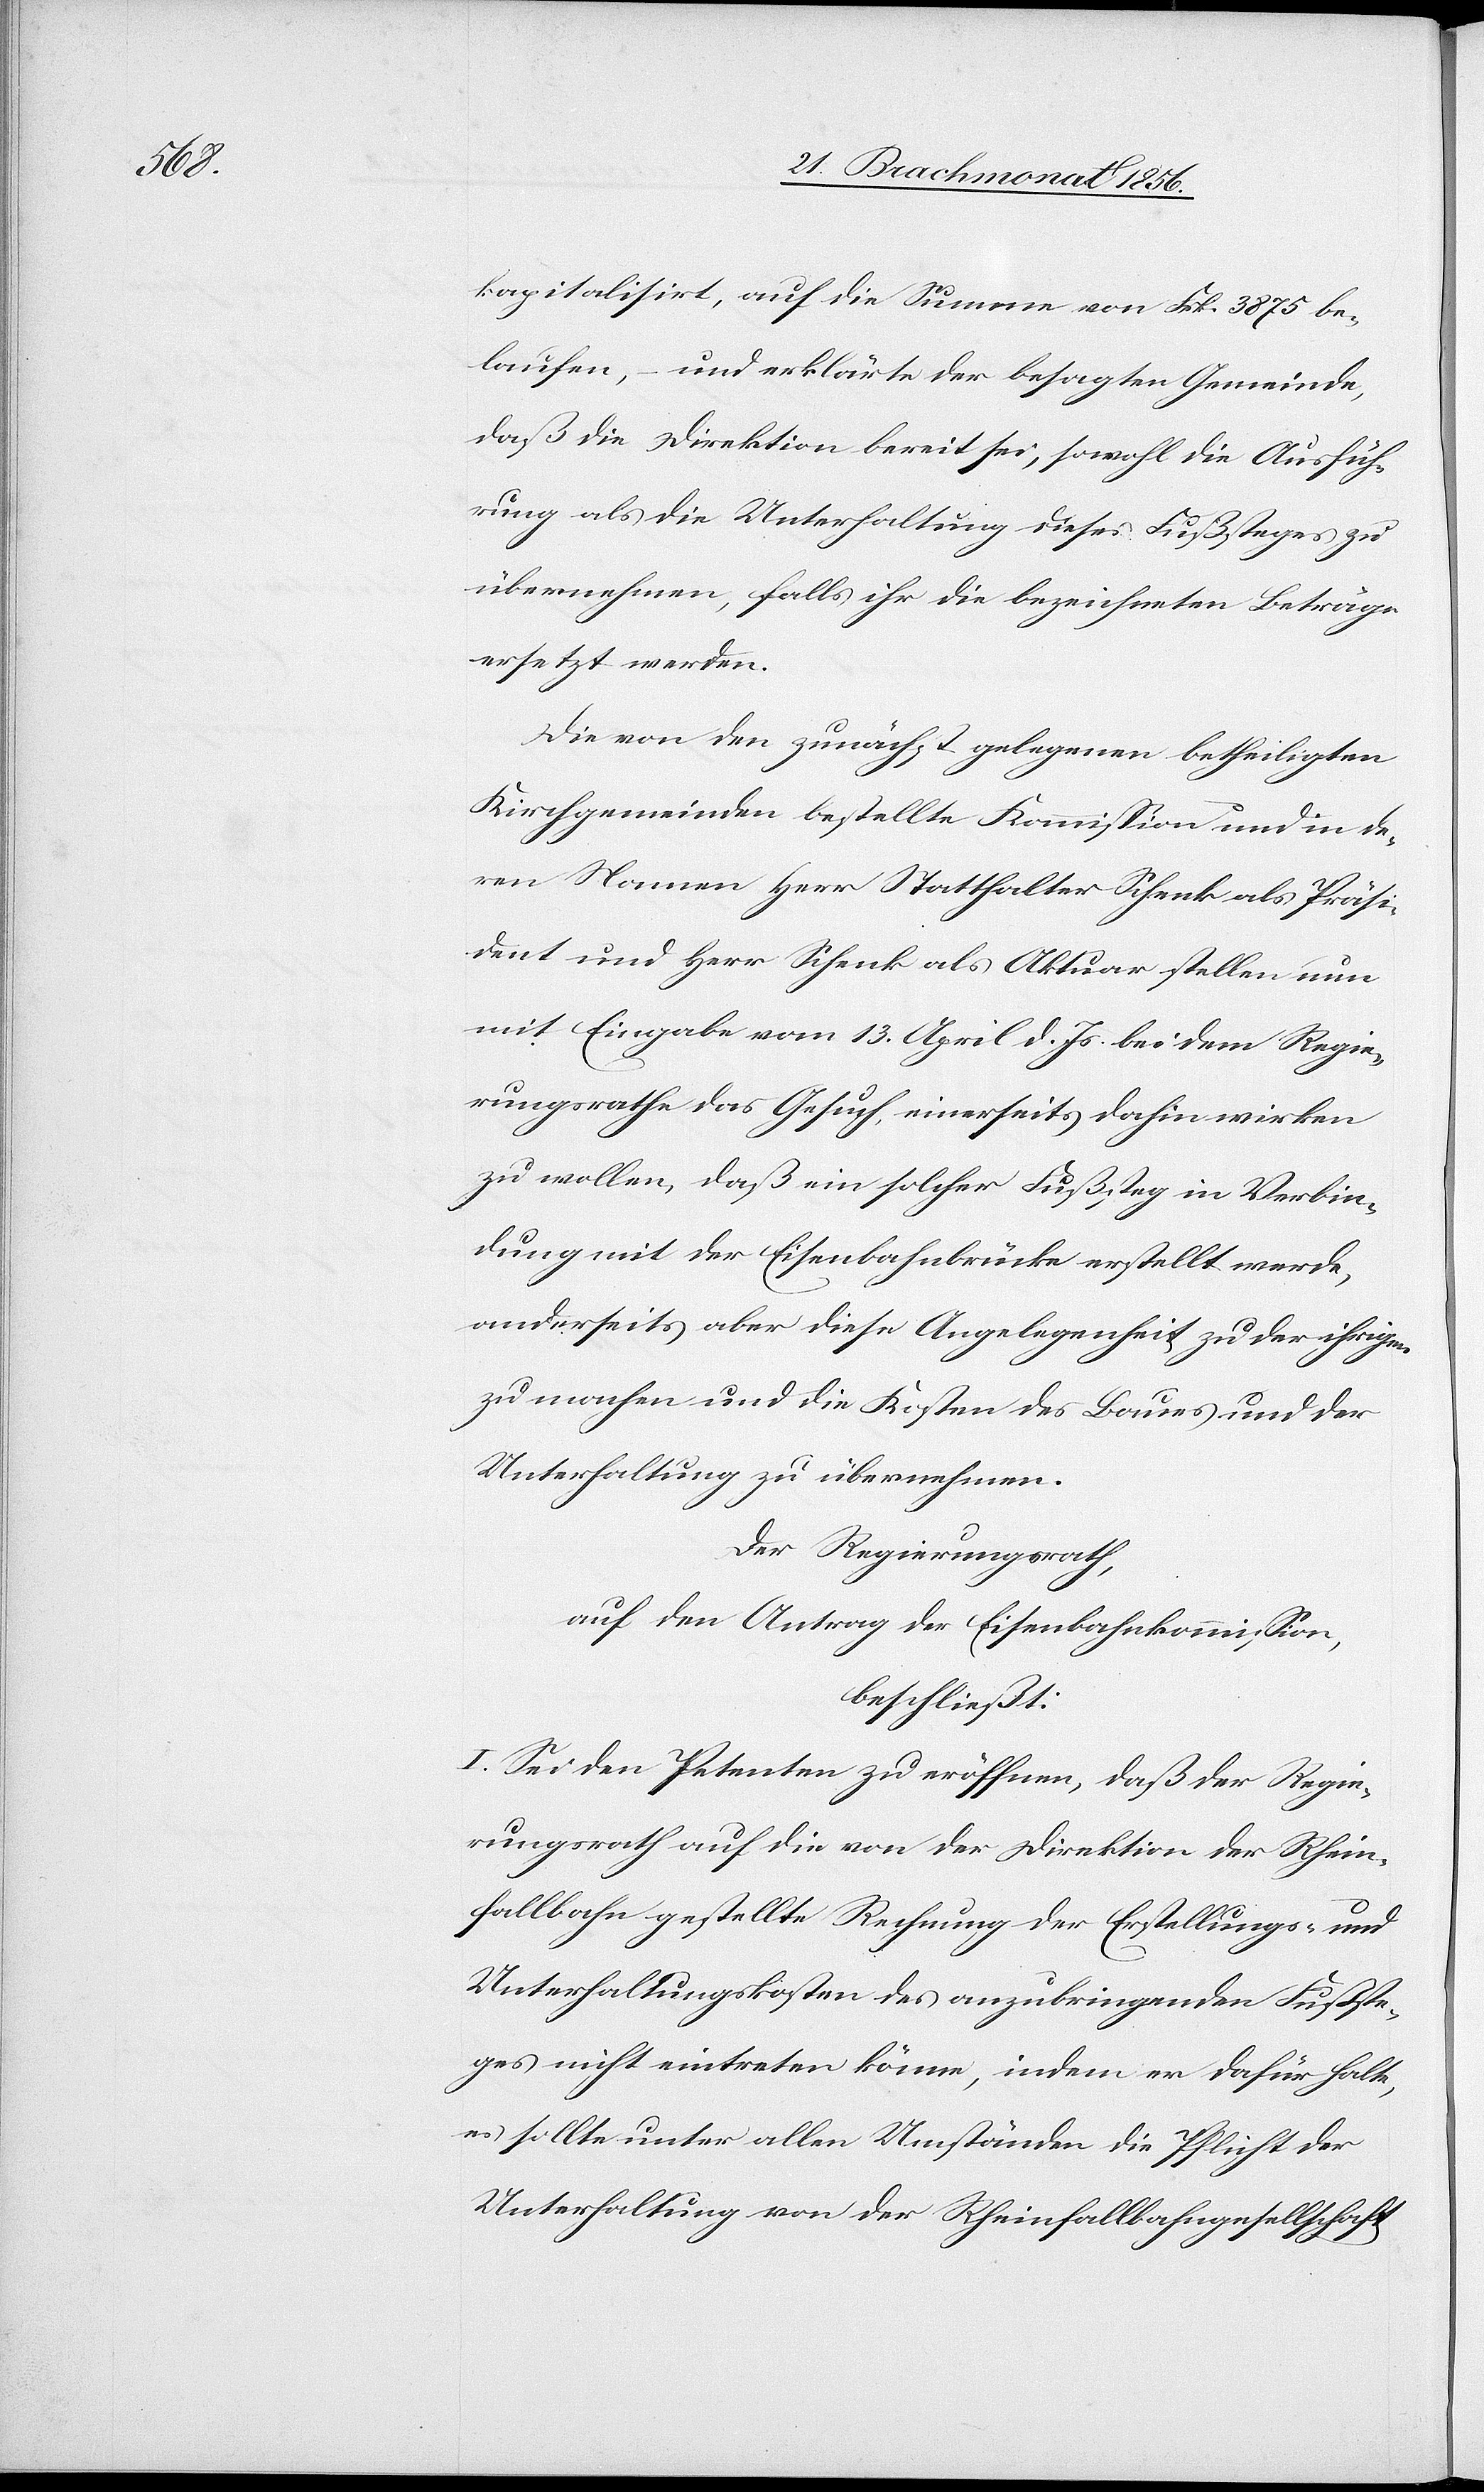
kapitalisirt, auf die Summe von Frk. 3875 be¬
laufen, – und erklärte der besagten Gemeinde,
daß die Direktion bereit sei, sowohl die Ausfüh¬
rung als die Unterhaltung dieses Fußsteges zu
übernehmen, falls ihr die bezeichneten Beträge
ersetzt werden.
Die von den zunächst gelegenen betheiligten
Kirchgemeinden bestellte Kommission und in de¬
ren Namen Herr Statthalter Schenk als Präsi¬
dent und Herr Schenk als Aktuar stellen nun
mit Eingabe vom 13. April d. Js. bei dem Regie¬
rungsrathe das Gesuch, einerseits dahin wirken
zu wollen, daß ein solcher Fußsteg in Verbin¬
dung mit der Eisenbahnbrücke erstellt werde,
anderseits aber diese Angelegenheit zu der ihrigen
zu machen und die Kosten des Baues und der
Unterhaltung zu übernehmen.
Der Regierungsrath,
auf den Antrag der Eisenbahnkommission,
beschließt:
I. Sei den Petenten zu eröffnen, daß der Regie¬
rungsrath auf die von der Direktion der Rhein¬
fallbahn gestellte Rechnung der Erstellungs- und
Unterhaltungskosten des anzubringenden Fußste¬
ges nicht eintreten könne, indem er dafür halte,
es sollte unter allen Umständen die Pflicht der
Unterhaltung von der Rheinfallbahngesellschaft